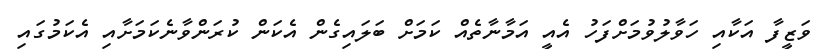
ވަޒީފާ އަކާއި ހަވާލުވުމަށްފަހު އެއީ އަމާނާތެއް ކަމަށް ބަލައިގެން އެކަން ކުރަންވާނެކަމަށާއި އެކަމުގައި